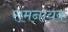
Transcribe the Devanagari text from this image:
रामनायक